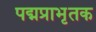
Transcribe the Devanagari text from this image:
पद्मप्राभृतक